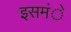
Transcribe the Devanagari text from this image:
इसमंे